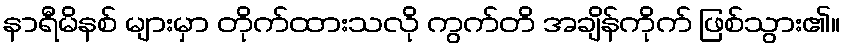
နာရီမိနစ် များမှာ တိုက်ထားသလို ကွက်တိ အချိန်ကိုက် ဖြစ်သွား၏။